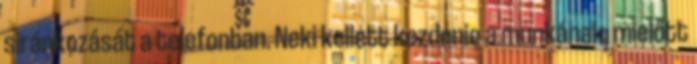
siránkozását a telefonban. Neki kellett kezdenie a munkának, mielőtt